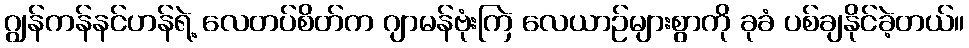
ဂျွန်ကန်နင်ဟန်ရဲ့ လေတပ်စိတ်က ဂျာမန်ဗုံးကြဲ လေယာဉ်များစွာကို ခုခံ ပစ်ချနိုင်ခဲ့တယ်။